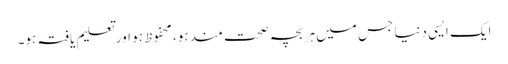
ایک ایسی دنیا جس میں ہر بچہ صحت مند ہو، محفوظ ہو اور تعلیم یافتہ ہو۔